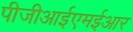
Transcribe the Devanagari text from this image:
पीजीआईएमईआर